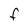
Character: F